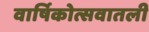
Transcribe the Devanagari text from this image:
वार्षिकोत्सवातली